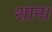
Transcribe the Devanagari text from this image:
शान।